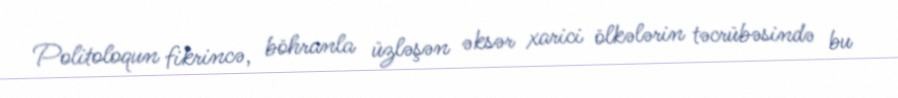
Politoloqun fikrincə, böhranla üzləşən əksər xarici ölkələrin təcrübəsində bu